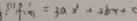
: ( 1 ) . f ( x ) = 3 a x ^ { 2 } + 2 b x +